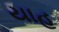
યાહ